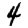
Digit: 4